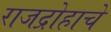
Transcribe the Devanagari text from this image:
राजद्रोहाचे